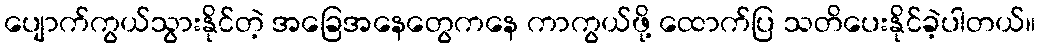
ပျောက်ကွယ်သွားနိုင်တဲ့ အခြေအနေတွေကနေ ကာကွယ်ဖို့ ထောက်ပြ သတိပေးနိုင်ခဲ့ပါတယ်။